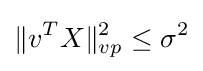
\|v^{T}X\|_{vp}^{2}\leq \sigma ^{2}